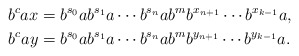
\begin{align*}b^cax&=b^{s_0}ab^{s_1}a\cdots b^{s_n}ab^mb^{x_{n+1}}\cdots b^{x_{k-1}}a,\\ b^cay&=b^{s_0}ab^{s_1}a\cdots b^{s_n}ab^mb^{y_{n+1}}\cdots b^{y_{k-1}}a.\end{align*}